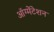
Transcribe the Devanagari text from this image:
ऑग्मेंटेशन